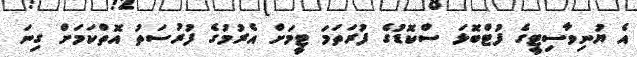
އެ ޔުނިވާސިޓީގެ ފުޓްބޮޅަ ސްކޮޑުގެ ފުރަތަމަ ޓީމަށް އެރުމުގެ ފުރުސަތު އޮތްކަމަށް ގިނަ